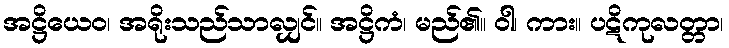
အဋ္ဌိယေဝ၊ အရိုးသည်သာလျှင်။ အဋ္ဌိကံ၊ မည်၏။ ဝါ၊ ကား။ ပဋိကုလတ္တာ၊